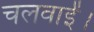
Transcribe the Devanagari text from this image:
चलवाईं।